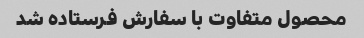
محصول متفاوت با سفارش فرستاده شد